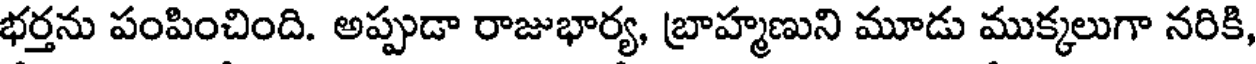
భర్తను పంపించింది. అప్పుడా రాజుభార్య, బ్రాహ్మణుని మూడు ముక్కలుగా నరికి,